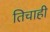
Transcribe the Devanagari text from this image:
तिचाही